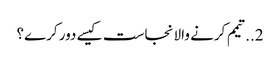
2..تیمم کرنے والا نجاست کیسے دور کرے؟